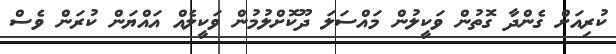
ކުރިއަށް ގެންދާ ގޮތުން ވަކީލުން މައްސަލަ ދޫކޮށްލުމުން ވަކީލެއް އައްޔަން ކުރަން ވެސް